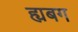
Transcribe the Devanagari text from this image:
ह्यबग